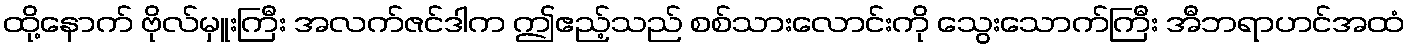
ထို့နောက် ဗိုလ်မှူးကြီး အလက်ဇင်ဒါက ဤဧည့်သည် စစ်သားလောင်းကို သွေးသောက်ကြီး အီဘရာဟင်အထံ